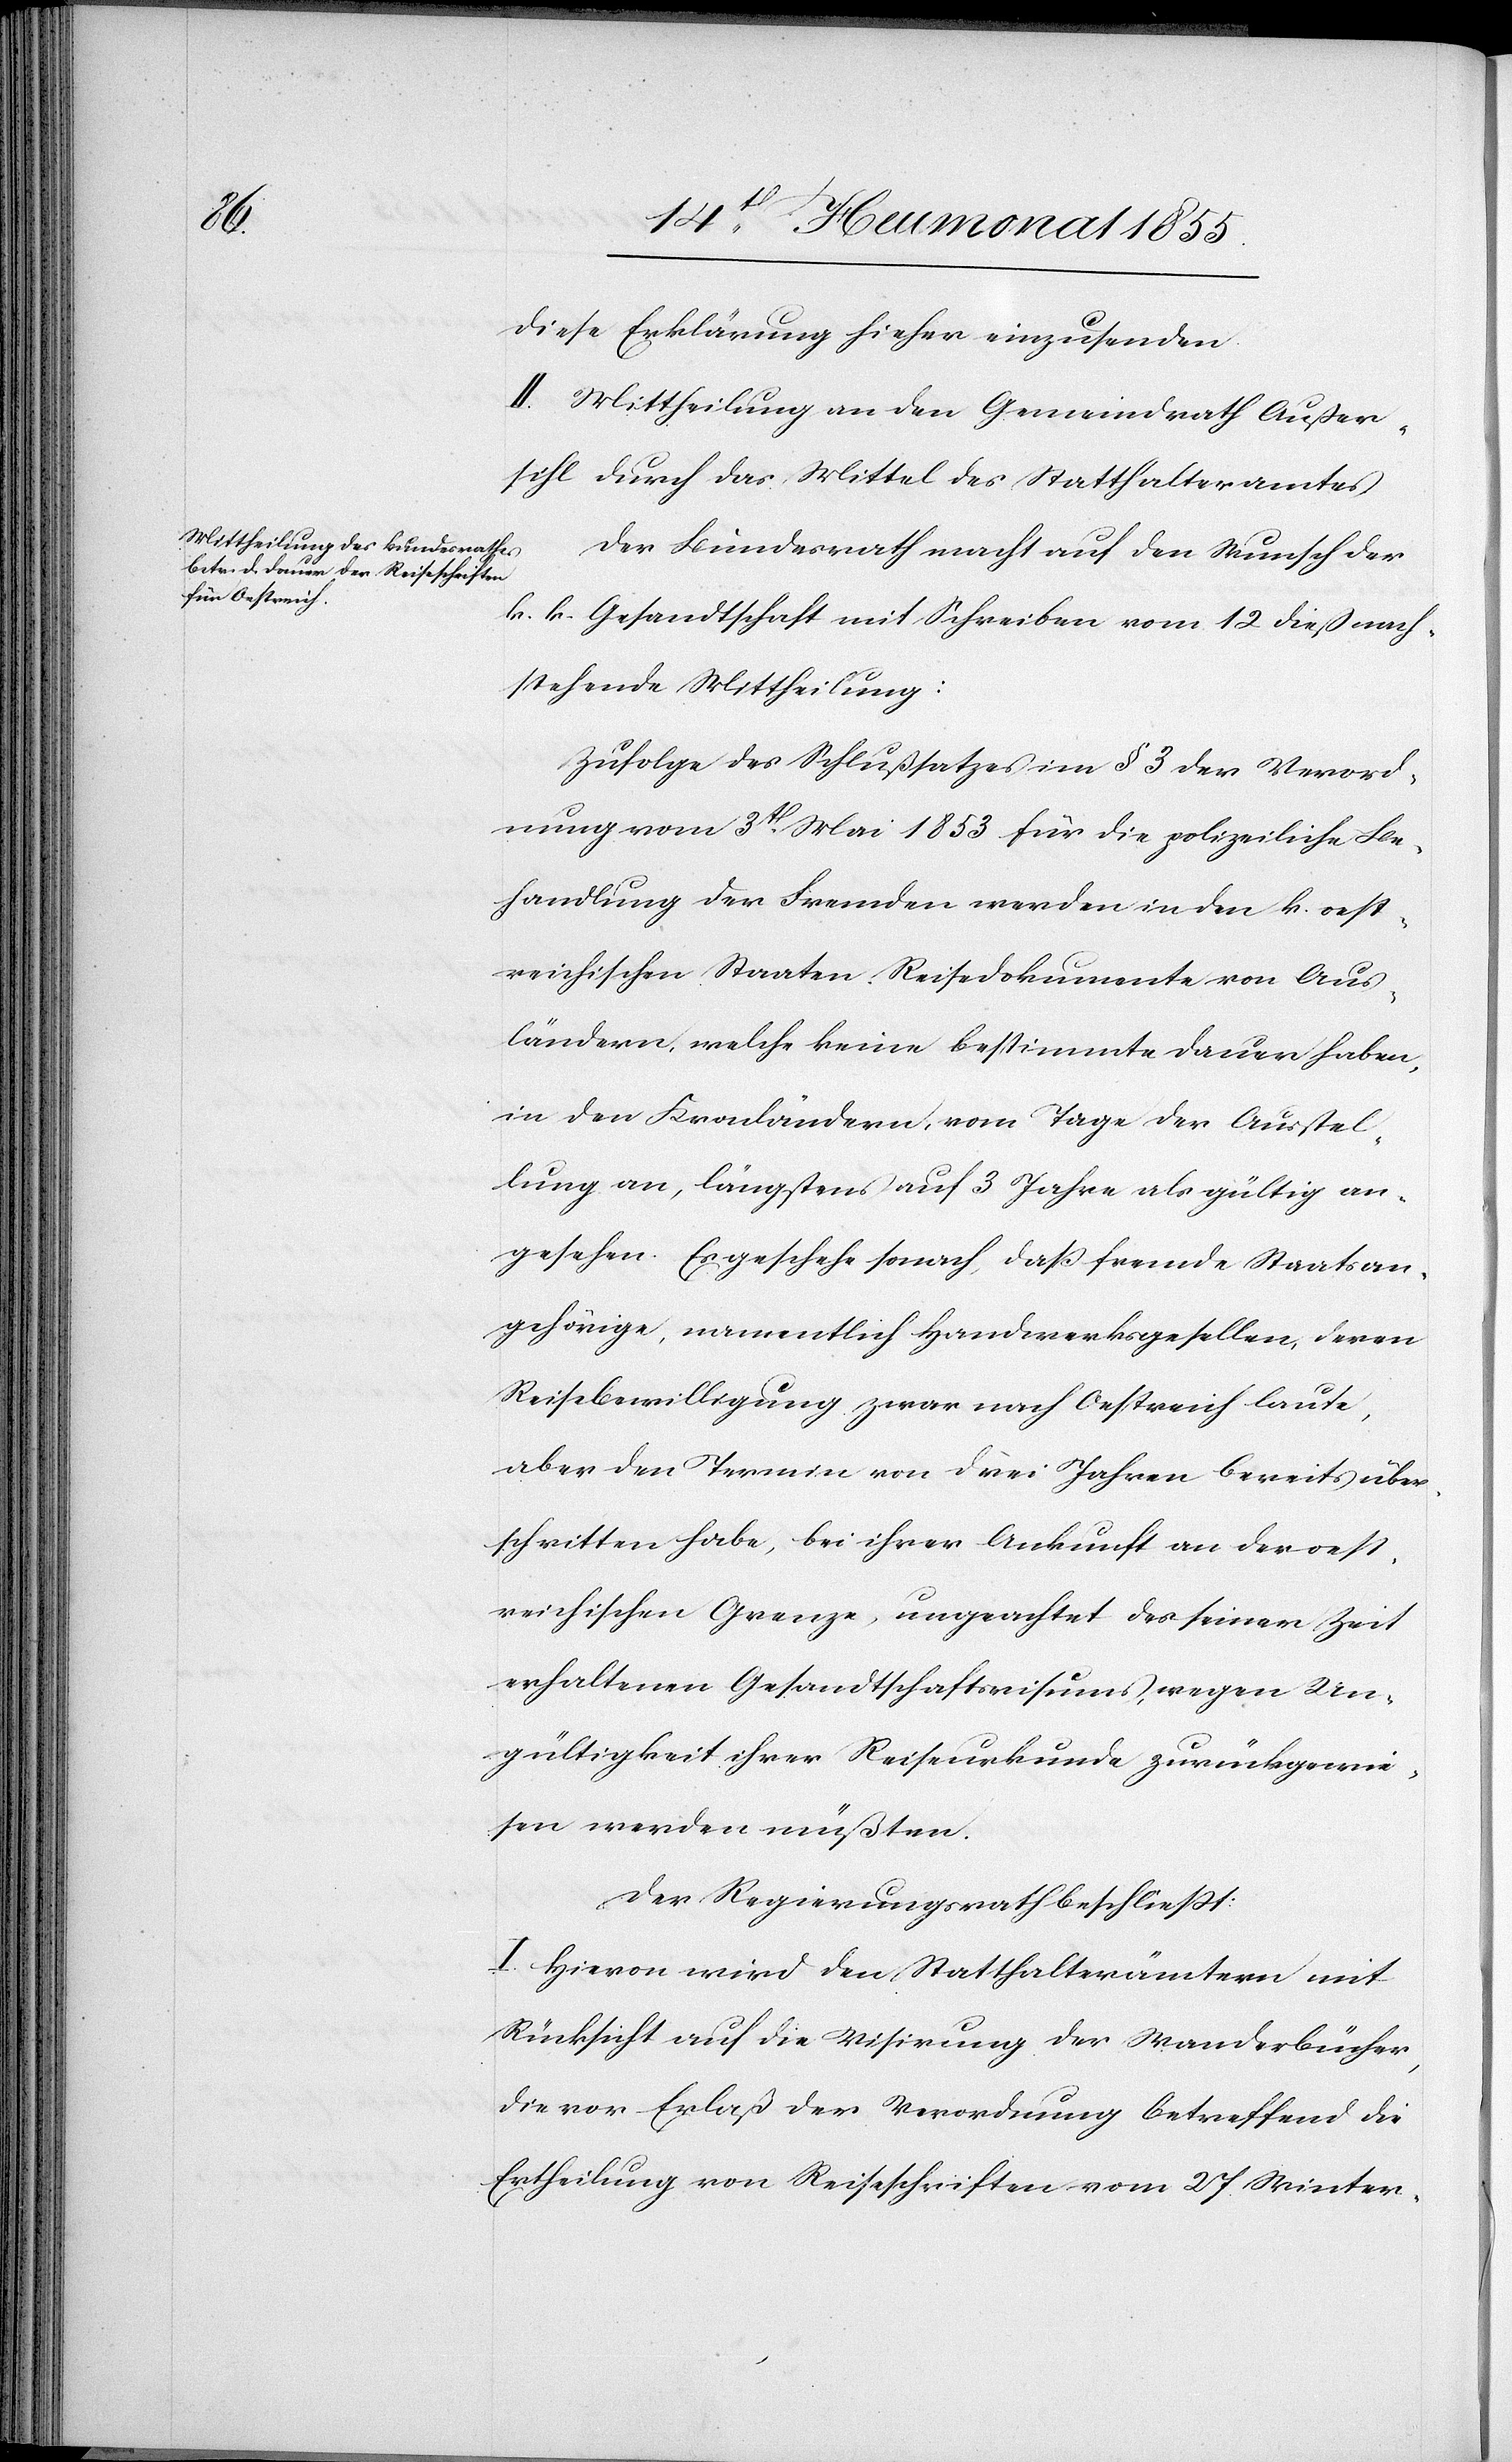
diese Erklärung hieher einzusenden.
II. Mittheilung an den Gemeindrath Außer¬
sihl durch das Mittel des Statthalteramtes.
Der Bundesrath macht auf den Wunsch der
k. k. Gesandtschaft mit Schreiben vom 12 dieß nach¬
stehende Mittheilung:
Zufolge des Schlußsatzes im § 3 der Verord¬
nung vom 3t[en] Mai 1853 für die polizeiliche Be¬
handlung der Fremden werden in den k. oest¬
reichischen Staaten Reisedokumente von Aus¬
ländern, welche keine bestimmte Dauer haben,
in den Kronländern, vom Tage der Ausstel¬
lung an, längstens auf 3 Jahre als gültig an¬
gesehen. Es geschehe sonach, daß fremde Staatsan¬
gehörige, namentlich Handwerksgesellen, deren
Reisebewilligung zwar nach Oestreich laute,
aber den Termin von drei Jahren bereits über¬
schritten habe, bei ihrer Ankunft an der oest¬
reichischen Grenze, ungeachtet des seiner Zeit
erhaltenen Gesandtschaftsvisums, wegen Un¬
gültigkeit ihrer Reiseurkunde zurückgewie¬
sen werden müßten.
Der Regierungsrath beschließt:
I. Hievon wird den Statthalterämtern mit
Rücksicht auf die Visirung der Wanderbücher,
die vor Erlaß der Verordnung betreffend die
Ertheilung von Reiseschriften vom 27 Winter-